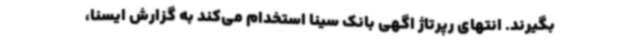
بگیرند. انتهای رپرتاژ اگهی بانک سینا استخدام می‌کند به گزارش ایسنا،